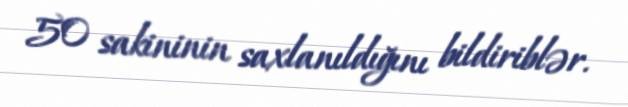
50 sakininin saxlanıldığını bildiriblər.